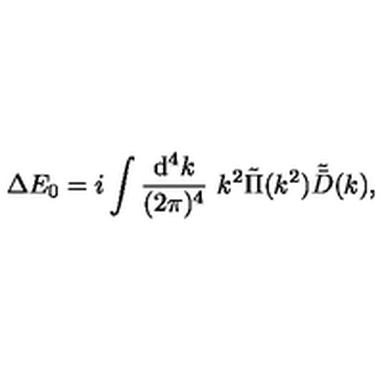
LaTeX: \Delta E _ { 0 } = i \int { \frac { \mathrm { d } ^ { 4 } k } { ( 2 \pi ) ^ { 4 } } } \ k ^ { 2 } \tilde { \Pi } ( k ^ { 2 } ) \tilde { \bar { D } } ( k ) ,